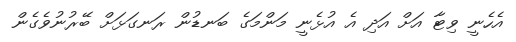
އެހެނީ ވިޓާ އަށް އަދި އެ އުޅެނީ މަންމަގެ ބަނޑުން ރަނގަޅަށް ބޭރުނުވެގެން